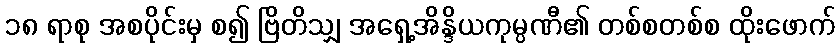
၁၈ ရာစု အစပိုင်းမှ စ၍ ဗြိတိသျှ အရှေ့အိန္ဒိယကုမ္ပဏီ၏ တစ်စတစ်စ ထိုးဖောက်